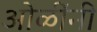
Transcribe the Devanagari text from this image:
ओळींनी